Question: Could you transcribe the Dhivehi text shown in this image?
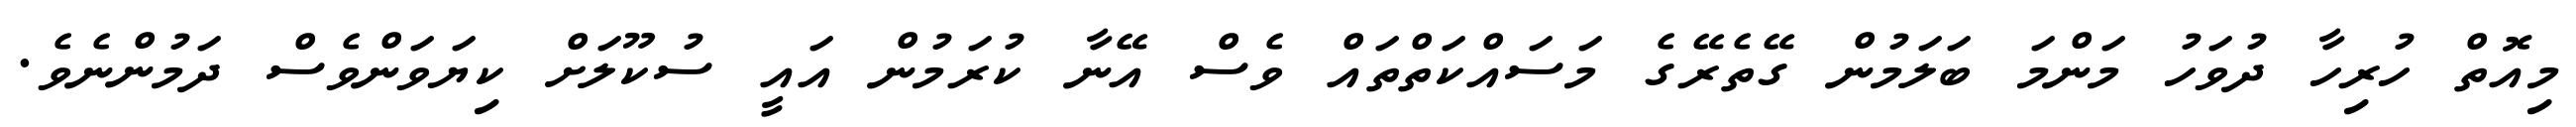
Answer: މިއޮތް ހުރިހާ ދުވަހު މަންމަ ބަލަމުން ގޭތެރޭގެ މަސައްކަތްތައް ވެސް އޭނާ ކުރަމުން އައީ ސުކޫލަށް ކިޔަވަންވެސް ދަމުންނެވެ.